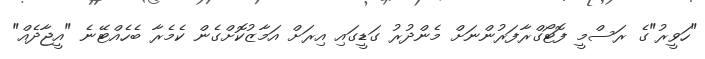
"ހަވީރު"ގެ ރަސްމީ ފޮޓޯގްރާފަރުންނަށް މެންދުރު ގަޑީގައި އިރަށް އަމާޒުކޮށްގެން ކެމެރާ ބެހެއްޓޭނެ "އީޖާދެއް"